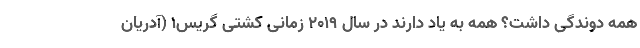
همه دوندگی داشت؟ همه به یاد دارند در سال ۲۰۱۹ زمانی کشتی گریس1 (آدریان